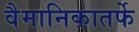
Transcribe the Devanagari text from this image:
वैमानिकातर्फे